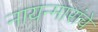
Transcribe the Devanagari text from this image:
नायन्मारांचे